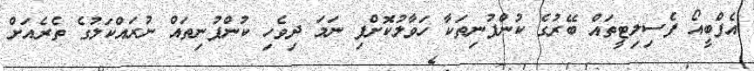
އެފްބީއޯ ފެސިލިޓީތައް ބޭރުގެ ކުންފުނިތަކާ ހަވާލުކޮށްފި ނަމަ ދިވެހި ކުންފުނިތައް ނުރައްކަލުގެ ތެރެއަށް